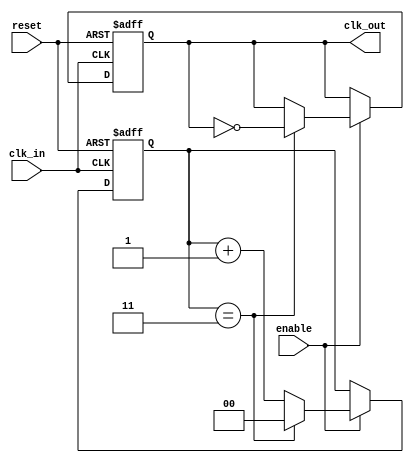
module clock_divider #(
    parameter DIV_FACTOR = 4 // Default division factor
)(
    input wire clk_in,        // Input clock signal
    input wire reset,         // Reset signal
    input wire enable,        // Enable signal
    output reg clk_out        // Output clock signal
);

    // Counter to keep track of clock cycles
    reg [$clog2(DIV_FACTOR)-1:0] counter; // Counter width based on DIV_FACTOR

    // Synchronous process
    always @(posedge clk_in or posedge reset) begin
        if (reset) begin
            counter <= 0;      // Reset the counter
            clk_out <= 0;      // Reset output clock
        end else if (enable) begin
            if (counter == DIV_FACTOR - 1) begin
                clk_out <= ~clk_out; // Toggle output clock
                counter <= 0;        // Reset counter
            end else begin
                counter <= counter + 1; // Increment counter
            end
        end
    end

endmodule